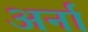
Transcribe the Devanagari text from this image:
अर्ना